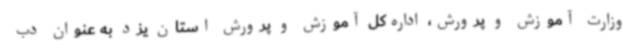
وزارت آموزش و پرورش، اداره‌کل آموزش و پرورش استان یزد به عنوان دب